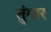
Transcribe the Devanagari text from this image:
तुंगार